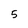
Character: 5